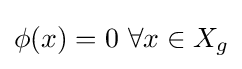
\phi (x)=0\ \forall x\in X_{g}